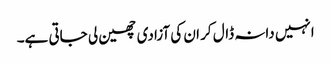
انہیں دانہ ڈال کر ان کی آزادی چھین لی جاتی ہے۔